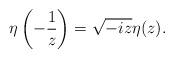
LaTeX: \begin{align*}\eta\left( - \frac{1}{z} \right) = \sqrt{-iz}\eta(z).\end{align*}